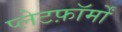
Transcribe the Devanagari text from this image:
प्लेटफ़ॉर्मों